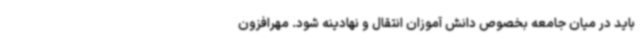
باید در میان جامعه بخصوص دانش آموزان انتقال و نهادینه شود. مهرافزون